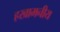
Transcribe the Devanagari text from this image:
हखामनीय